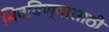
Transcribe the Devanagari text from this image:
भिवविण्यासाठी